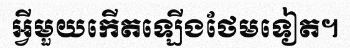
អ្វីមួយកើតឡើងថែមទៀត។